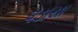
પડાયા